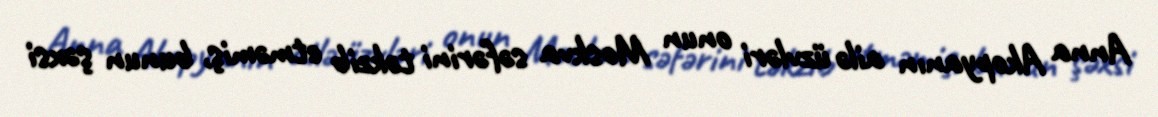
Anna Akopyanın ailə üzvləri onun Moskva səfərini təkzib etməmiş, bunun şəxsi